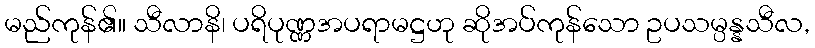
မည်ကုန်၏။ သီလာနိ၊ ပရိပုဏ္ဏအပရာမဋ္ဌဟု ဆိုအပ်ကုန်သော ဥပသမ္ပန္နသီလ,